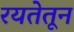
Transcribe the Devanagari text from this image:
रयतेतून